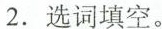
2.选词填空。